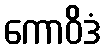
ကောဝိဒံ